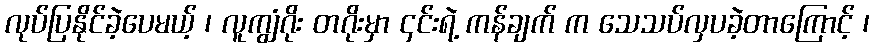
လုပ်ပြနိုင်ခဲ့ပေမယ့် ၊ လူကျွံဂိုး တဂိုးမှာ ၄င်းရဲ့ ကန်ချက် က သေသပ်လှပခဲ့တာကြောင့် ၊